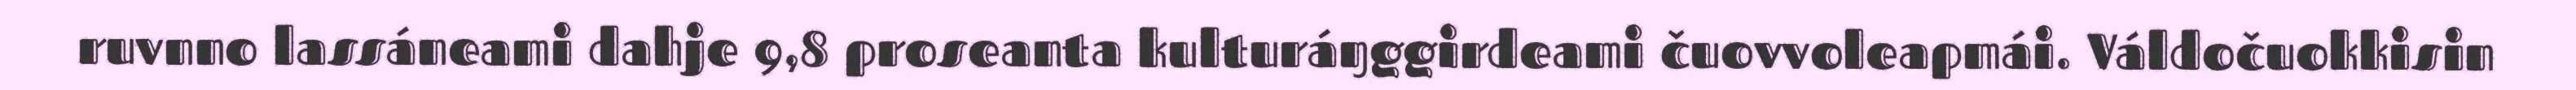
ruvnno lassáneami dahje 9,8 proseanta kulturáŋggirdeami čuovvoleapmái. Váldočuokkisin